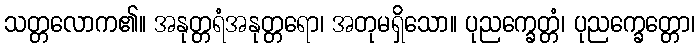
သတ္တလောက၏။ အနုတ္တရံအနုတ္တရော၊ အတုမရှိသော။ ပုညက္ခေတ္တံ၊ ပုညက္ခေတ္တော၊